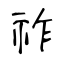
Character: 祚